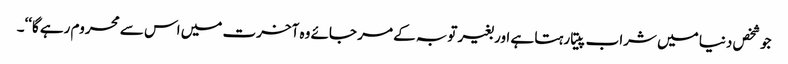
جو شخص دنیا میں شراب پیتا رہتا ہے اور بغیر توبہ کے مر جائے وہ آخرت میں اس سے محروم رہے گا‘‘۔